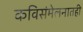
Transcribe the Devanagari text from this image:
कविसंमेलनातही